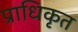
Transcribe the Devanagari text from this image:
प्राधिकृत